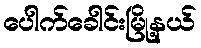
ပေါက်ခေါင်းမြို့နယ်